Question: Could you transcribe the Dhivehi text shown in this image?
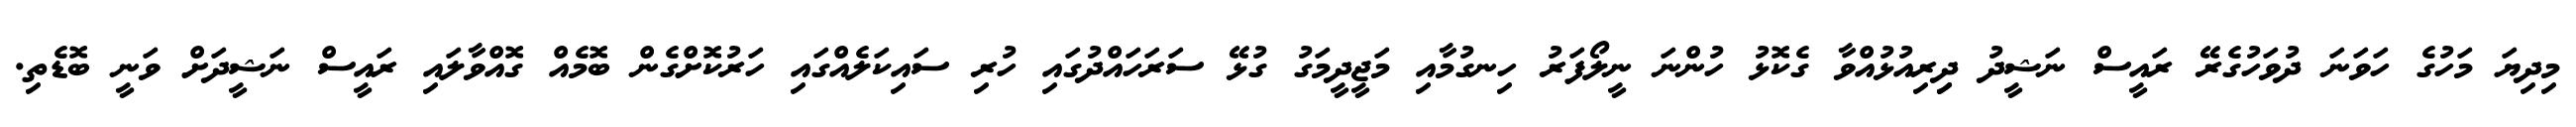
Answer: މިދިޔަ މަހުގެ ހަވަނަ ދުވަހުގެރޭ ރައީސް ނަޝީދު ދިިރިއުޅުއްވާ ގެކޮޅު ހުންނަ ނީލޯފަރު ހިނގުމާއި މަޖީދީމަގު ގުޅޭ ސަރަހައްދުގައި ހުރި ސައިކަލެއްގައި ހަރުކޮށްގެން ބޮމެއް ގޮއްވާލައި ރައީސް ނަޝީދަށް ވަނީ ބޮޑެތި.